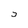
Character: 5